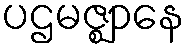
ပဌမဇ္ဈာနေ